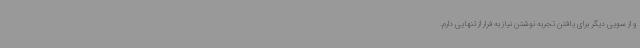
و از سویی دیگر برای یافتن تجربه نوشتن نیاز به فرار از تنهایی دارم.